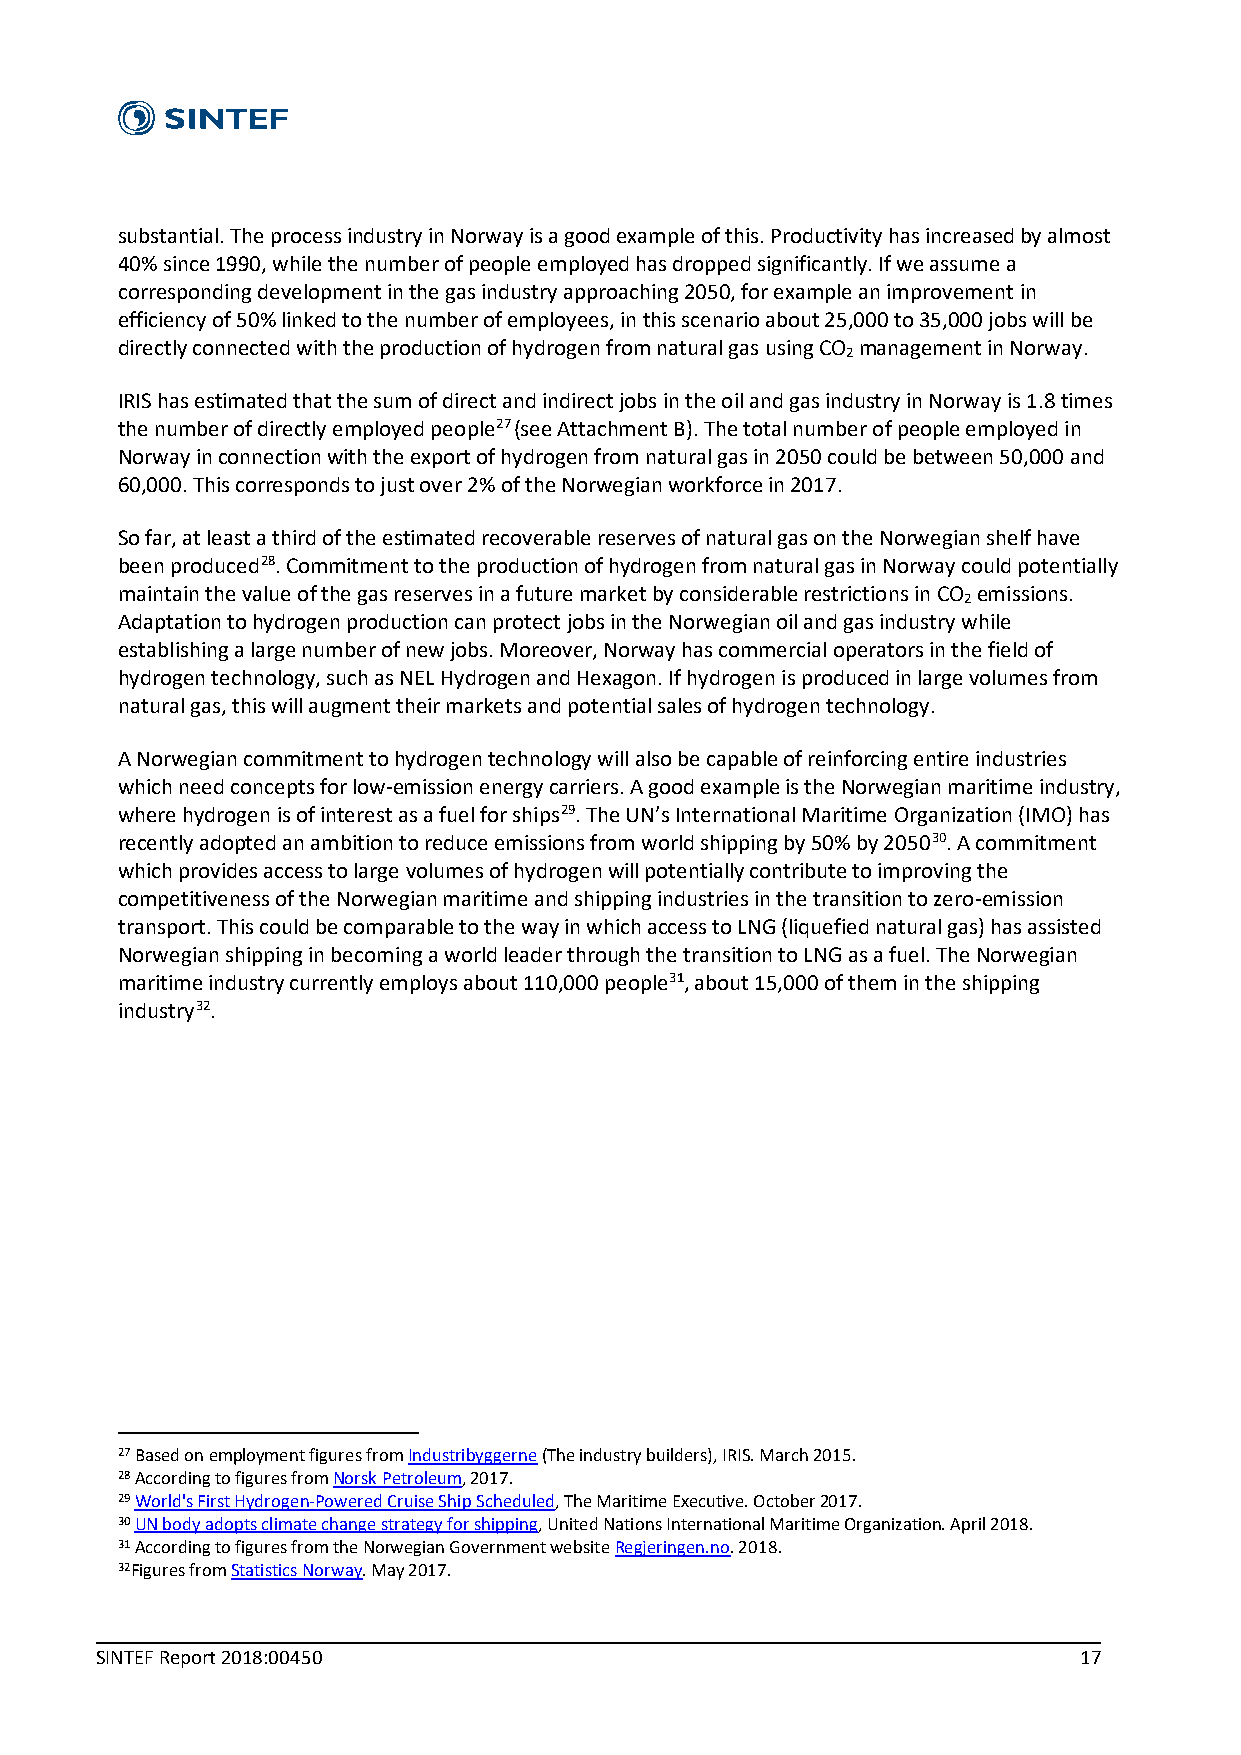
substantial. The process industry in Norway is a good example of this. Productivity has increased by almost
 40% since 1990, while the number of people employed has dropped significantly. If we assume a
 corresponding development in the gas industry approaching 2050, for example an improvement in
 efficiency of 50% linked to the number of employees, in this scenario about 25,000 to 35,000 jobs will be
 directly connected with the production of hydrogen from natural gas using CO management in Norway.
 2
 IRIS has estimated that the sum of direct and indirect jobs in the oil and gas industry in Norway is 1.8 times
 the number of directly employed people27 (see Attachment B). The total number of people employed in
 Norway in connection with the export of hydrogen from natural gas in 2050 could be between 50,000 and
 60,000. This corresponds to just over 2% of the Norwegian workforce in 2017.
 So far, at least a third of the estimated recoverable reserves of natural gas on the Norwegian shelf have
 been produced28. Commitment to the production of hydrogen from natural gas in Norway could potentially
 maintain the value of the gas reserves in a future market by considerable restrictions in CO emissions.
 2
 Adaptation to hydrogen production can protect jobs in the Norwegian oil and gas industry while
 establishing a large number of new jobs. Moreover, Norway has commercial operators in the field of
 hydrogen technology, such as NEL Hydrogen and Hexagon. If hydrogen is produced in large volumes from
 natural gas, this will augment their markets and potential sales of hydrogen technology.
 A Norwegian commitment to hydrogen technology will also be capable of reinforcing entire industries
 which need concepts for low-emission energy carriers. A good example is the Norwegian maritime industry,
 where hydrogen is of interest as a fuel for ships29. The UN’s International Maritime Organization (IMO) has
 recently adopted an ambition to reduce emissions from world shipping by 50% by 205030. A commitment
 which provides access to large volumes of hydrogen will potentially contribute to improving the
 competitiveness of the Norwegian maritime and shipping industries in the transition to zero-emission
 transport. This could be comparable to the way in which access to LNG (liquefied natural gas) has assisted
 Norwegian shipping in becoming a world leader through the transition to LNG as a fuel. The Norwegian
 maritime industry currently employs about 110,000 people31, about 15,000 of them in the shipping
 industry32.
 27 Based on employment figures from Industribyggerne (The industry builders), IRIS. March 2015.
 28 According to figures from Norsk Petroleum, 2017.
 29 World's First Hydrogen-Powered Cruise Ship Scheduled, The Maritime Executive. October 2017.
 30 UN body adopts climate change strategy for shipping, United Nations International Maritime Organization. April 2018.
 31 According to figures from the Norwegian Government website Regjeringen.no. 2018.
 32Figures from Statistics Norway. May 2017.
 SINTEF Report 2018:00450                                         17